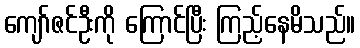
ကျော်ဇင်ဦးကို ကြောင်ပြီး ကြည့်နေမိသည်။